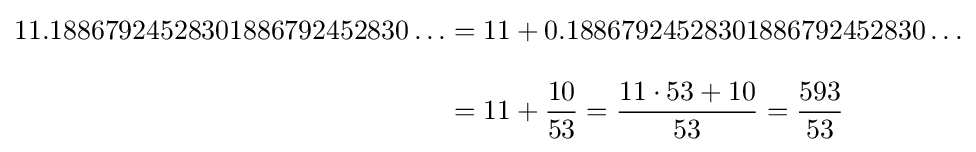
{\begin{aligned}11.18867924528301886792452830\ldots &=11+0.18867924528301886792452830\ldots \\[8pt]&=11+{\frac {10}{53}}={\frac {11\cdot 53+10}{53}}={\frac {593}{53}}\end{aligned}}